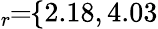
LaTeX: \! \! \! \overline{{\epsilon}}_{r}\! \! =\! \! \{ 2.18,4.03\} \! \! \!